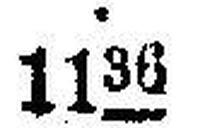
1136